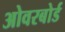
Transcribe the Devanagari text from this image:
ओवरबोर्ड